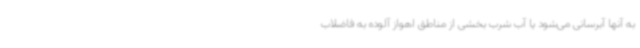
به آنها آبرسانی می‌شود یا آب شرب بخشی از مناطق اهواز آلوده به فاضلاب